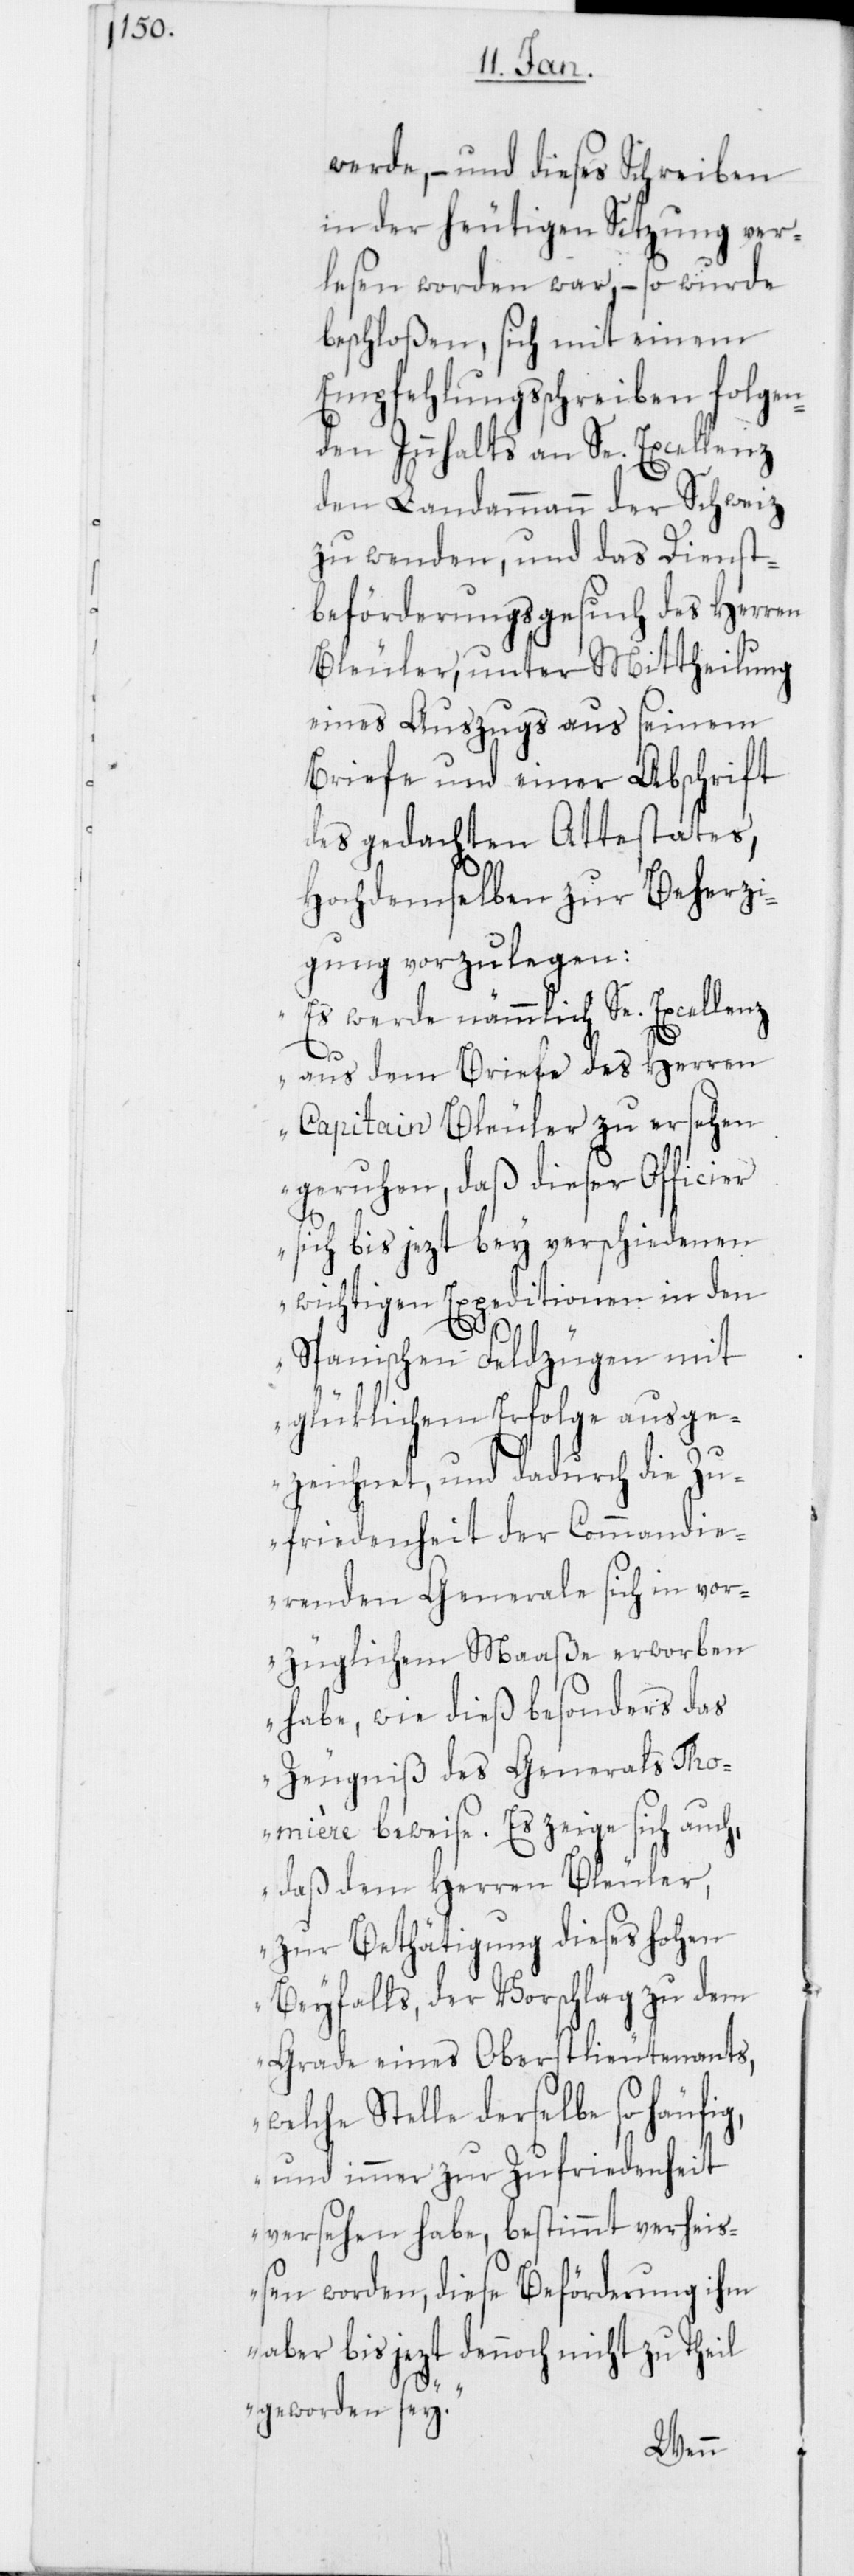
werde, – und dieses Schreiben
in der heutigen Sitzung ver¬
lesen worden war, – so wurde
beschloßen, sich mit einem
Empfehlungsschreiben folgen¬
den Innhalts an Se. Excellenz
den Landammann der Schweiz
zu wenden, und das Dienst¬
beförderungsgesuch des Herren
Bleuler, unter Mittheilung
eines Auszugs aus seinem
Briefe und einer Abschrift
des gedachten Attestates,
Hochdemselben zur Beherzi¬
gung vorzulegen:
„Es werde nämmlich Se. Excellenz
aus dem Briefe des Herren
Capitain Bleuler zu ersehen
geruhen, daß dieser Officier
sich bis jezt bey verschiedenen
wichtigen Expeditionen in den
Spanischen Feldzügen mit
glüklichem Erfolge ausge¬
zeichnet, und dadurch die Zu¬
friedenheit der Commandie¬
renden Generale sich in vor¬
züglichem Maaße erworben
habe, wie dieß besonders das
Zeugniß des Generals Tho¬
mière beweise. Es zeige sich auch,
daß dem Herren Bleuler,
zur Bethätigung dieses hohen
Beyfalls, der Vorschlag zu dem
Grade eines Oberstlieutenants,
welche Stelle derselbe so häufig,
und immer zur Zufriedenheit
versehen habe, bestimmt verheiß¬
en worden, diese Beförderung ihm
aber bis jezt dennoch nicht zu Theil
geworden sey.